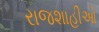
રાજશાહીઓ